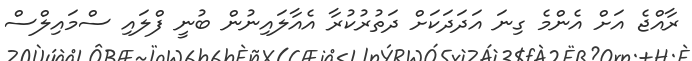
ރާއްޖެ އަށް އެންމެ ގިނަ އަދަދަކަށް ދަތުރުކުރާ އެއާލައިނުން ބުނީ ފްލައި ސްމައިލްސް